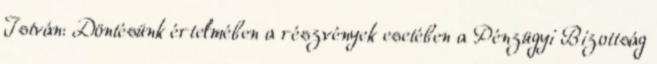
István: Döntésünk értelmében a részvények esetében a Pénzügyi Bizottság